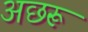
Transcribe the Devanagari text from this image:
अछरू